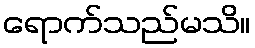
ရောက်သည်မသိ။